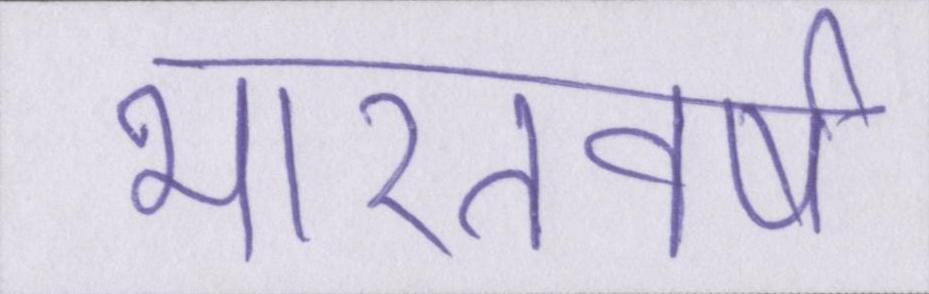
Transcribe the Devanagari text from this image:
भारतवर्ष